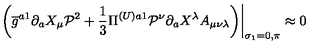
\left. \left( \overline { { g } } ^ { a 1 } \partial _ { a } X _ { \mu } \mathcal { P } ^ { 2 } + \frac { 1 } { 3 } \Pi ^ { ( U ) a 1 } \mathcal { P } ^ { \nu } \partial _ { a } X ^ { \lambda } A _ { \mu \nu \lambda } \right) \right| _ { \sigma _ { 1 } = 0 , \pi } \approx 0